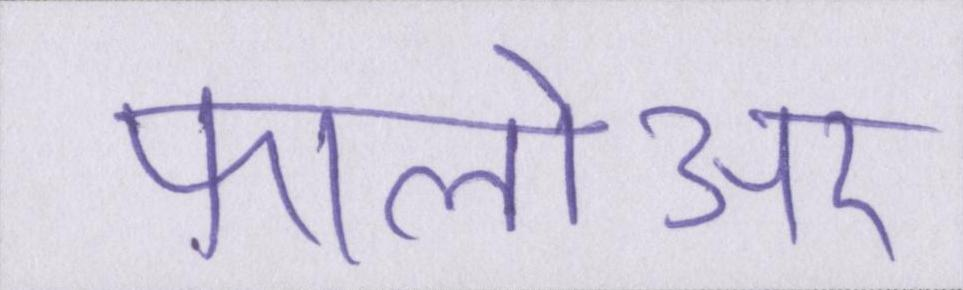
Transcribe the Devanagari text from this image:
फालोअर